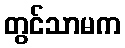
တွင်သာမက